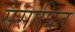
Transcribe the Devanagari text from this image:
संसाघित